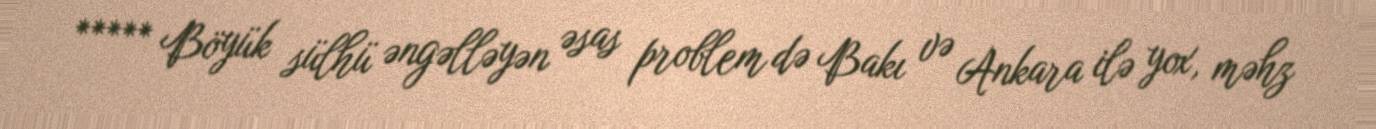
***** Böyük sülhü əngəlləyən əsas problem də Bakı və Ankara ilə yox, məhz